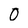
Character: 0